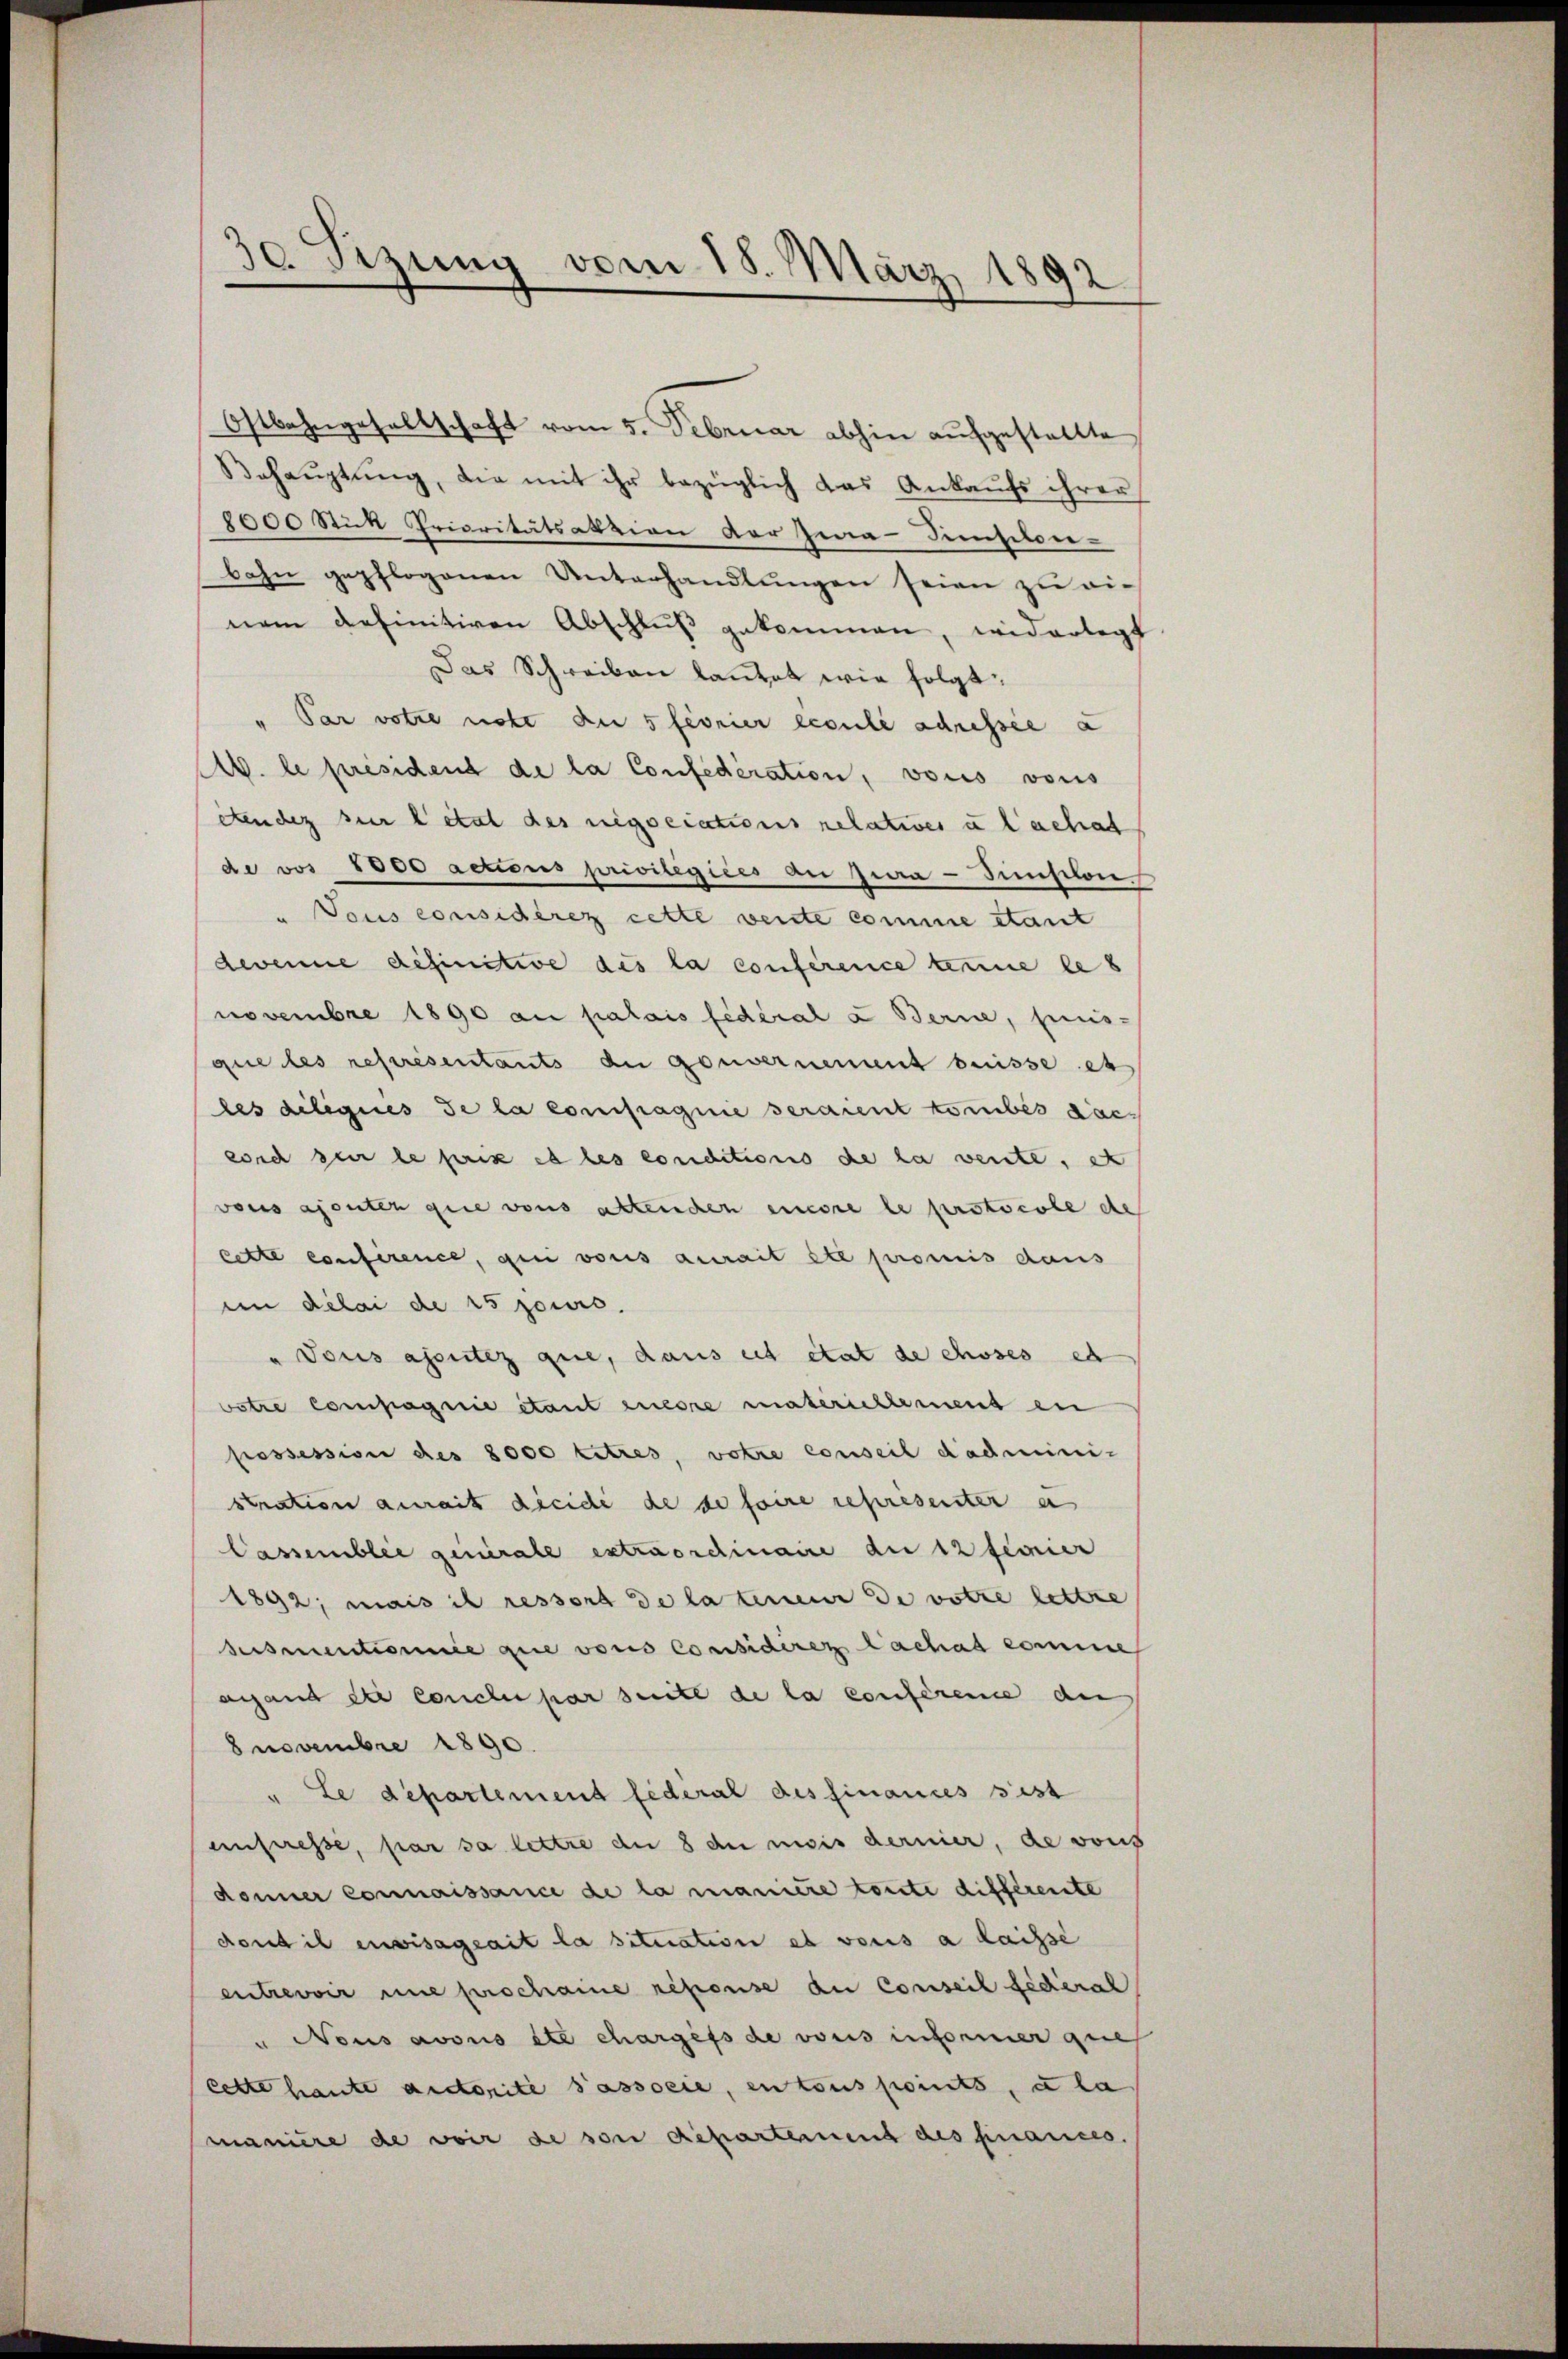
30. Sizung vom 18. März 1892.

Ostbahngesellschaft vom 5. Februar abhin aufgestellte
Behauptung, die mit ihr bezüglich das Ankaufs ihrer
1000 Stük Prioritätsatzion der Ima-Pension-
bahn gepflogenen Unterhandlungen seien zu ei-
nem definitiven Abschluß gekommen, widerlegt
Das Schreiben lantat wie folgt:
" Par votie note an 5 fionier écoule adresser a
M. le président de la Confederation, vous vons
etendez zur l’état des negociations relativer u lachat
de vor 1000 actions privilégiées an Jwa - Zinselon
" Vous considérez cette vente comme stant
devenue definitive des la conférence terme le
novembre 1890 an palais fédéral u Berne, puis-
que les représentants du gouvernement suisse et
les diligues de la confraginie seraient tombés doc
corch der le prix et les conditions de la vente, et
vonis ajouten gute vons altenden encore le protocole de
cette conference, gen vons aurait été promis dans
im délai de 15 jouis.
"Tous ajoutez que, dans cet état de choses et
votre compagnie étant einere materichlement en
possession des 8000 titres, votre conseil dadminis
stration aurait dicidi de se faire représenter a
Passemblie generale extraordinaire die 12 feinier
1892; mais il ressort de la terreur de votie lettre
ssmentionnée que vons Considiren Lachat comme
agand die Concle par seite de la conference den
8 novembre 1890.
Le departement fédéral des finances sist
unfresse, par sa lettre an 8 du mois dernier, de vons
donier connaissance de la manière toute différente
dont il envisageait la situation es vous a laisse
entrevoir une prochaine repouse au Conseil fédéral
" Nous avous ête charges de vonis informer que
lette haute autorite Passocie, en tous points, u la
manière de voir de von Repartement des frances.